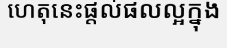
ហេតុនេះផ្តល់ផលល្អក្នុង